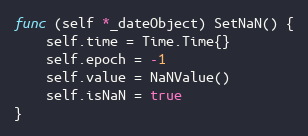
Language: Go
func (self *_dateObject) SetNaN() {
	self.time = Time.Time{}
	self.epoch = -1
	self.value = NaNValue()
	self.isNaN = true
}